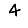
Digit: 4